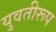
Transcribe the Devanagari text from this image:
युवतीरूप